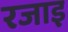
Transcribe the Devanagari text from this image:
रजाइ